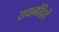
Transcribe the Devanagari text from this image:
राजमंदिरों